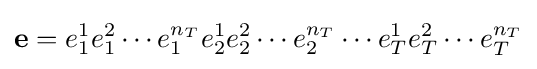
\mathbf {e} =e_{1}^{1}e_{1}^{2}\cdots e_{1}^{n_{T}}e_{2}^{1}e_{2}^{2}\cdots e_{2}^{n_{T}}\cdots e_{T}^{1}e_{T}^{2}\cdots e_{T}^{n_{T}}